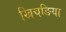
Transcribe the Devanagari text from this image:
खिचङिया